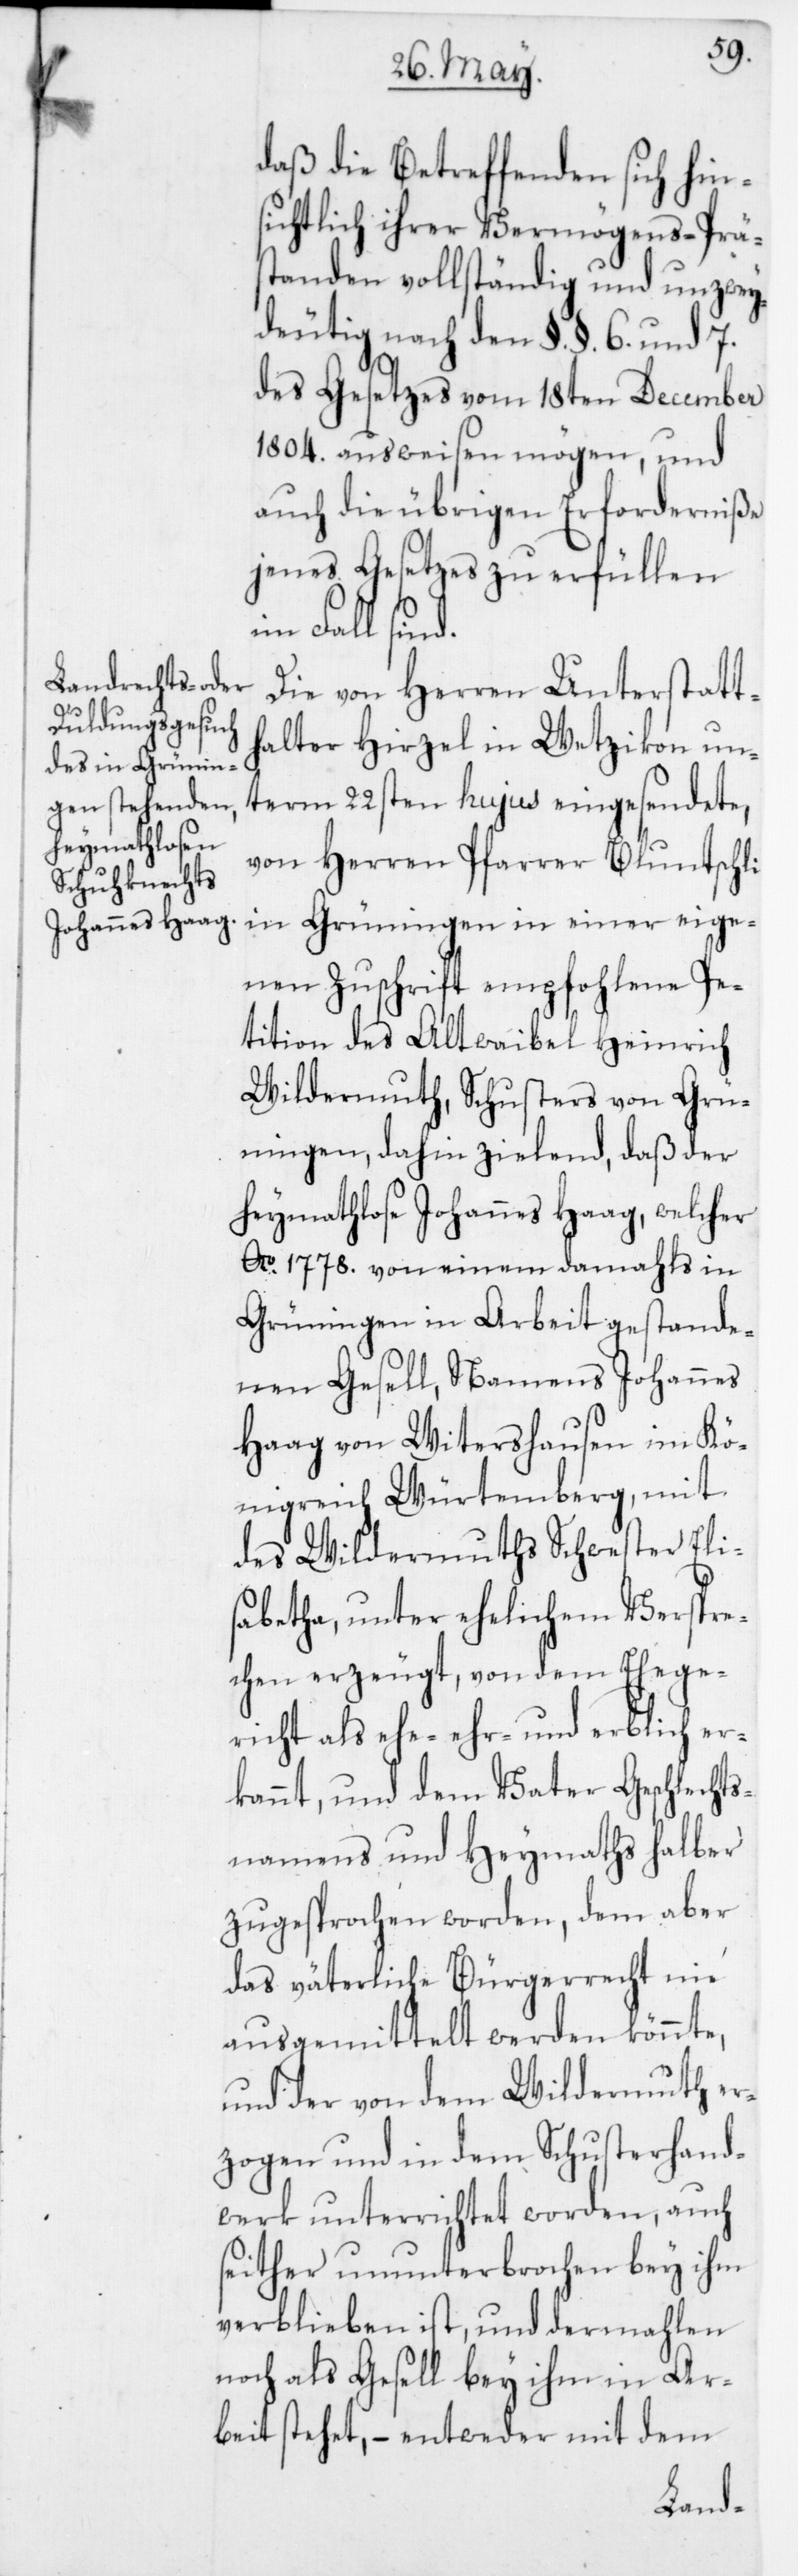
daß die Betreffenden sich hins¬
ichtlich ihrer Vermögens-Prä¬
standen vollständig und unzwey¬
deutig nach den §. §. 6 und 7
des Gesetzes vom 18ten December
1804 ausweisen mögen, und
auch die übrigen Erforderniße
jenes Gesetzes zu erfüllen
im Fall sind.
Die von Herren Unterstatt¬
halter Hirzel in Wetzikon un¬
term 22sten hujus eingesendete,
von Herren Pfarrer Bluntschli
in Grüningen in einer eige¬
nen Zuschrift empfohlene Pe¬
tition des Altwaibel Heinrich
Wildermuth, Schusters von Grü¬
ningen, dahin zielend, daß der
heymathlose Johannes Haag, welcher
Ao 1778 von einem damahls in
Grüningen in Arbeit gestande¬
nen Gesell, Namens Johannes
Haag von Witershausen im Kö¬
nigreich Würtemberg, mit
des Wildermuths Schwester Eli¬
sabetha, unter ehelichem Verspre¬
chen erzeugt, von dem Ehege¬
richt als ehe-, ehr- und erblich er¬
kannt, und dem Vater Geschlecht¬
snamens und Heymaths halber
zugesprochen worden, dem aber
das väterliche Bürgerrecht nie
ausgemittelt werden könnte,
und der von dem Wildermuth er¬
zogen und in dem Schusterhand¬
werk unterrichtet worden, auch
seither ununterbrochen bey ihm
verblieben ist, und dermahlen
noch als Gesell bey ihm in Ar¬
dem
beit stehet, – entweder